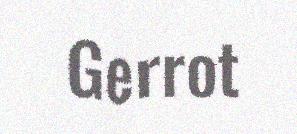
Gerrot